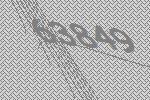
63849